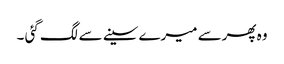
وہ پھرسے میرے سینے سے لگ گئی ۔